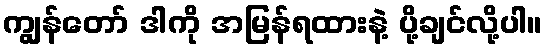
ကျွန်တော် ဒါကို အမြန်ရထားနဲ့ ပို့ချင်လို့ပါ။